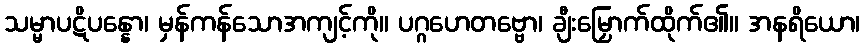
သမ္မာပဋိပန္နော၊ မှန်ကန်သောအကျင့်ကို။ ပဂ္ဂဟေတဗ္ဗော၊ ချီးမြှောက်ထိုက်၏။ အနရိယော၊